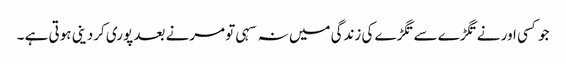
جو کسی اور نے تگڑے سے تگڑے کی زندگی میں نہ سہی تو مرنے بعد پوری کردینی ہوتی ہے ۔